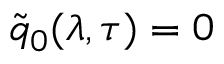
\tilde { q } _ { 0 } ( \lambda , \tau ) = 0